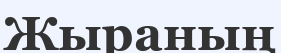
Жыраның